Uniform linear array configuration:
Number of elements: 32
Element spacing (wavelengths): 0.75
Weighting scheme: kaiser
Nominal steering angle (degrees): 45
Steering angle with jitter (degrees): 45.715
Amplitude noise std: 0.05
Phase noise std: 0.05

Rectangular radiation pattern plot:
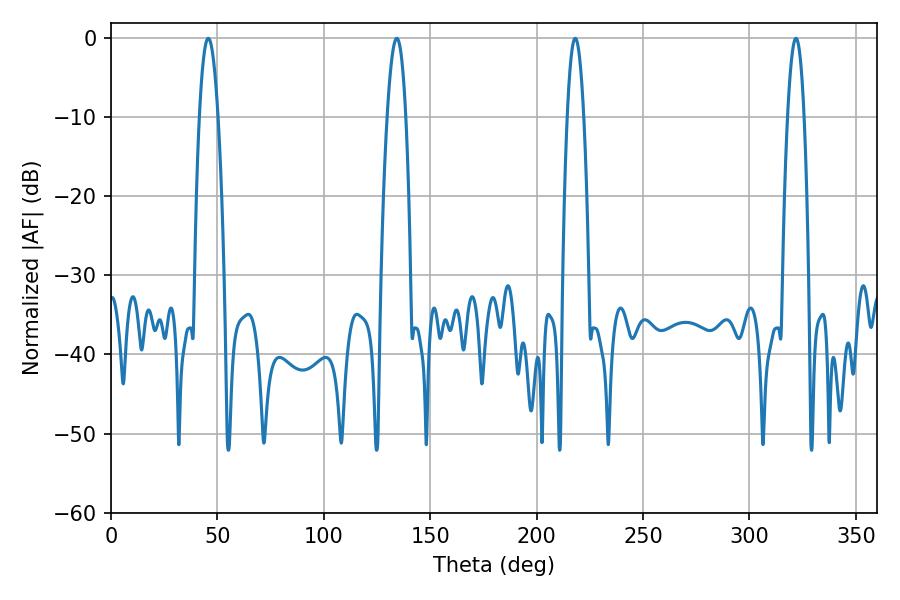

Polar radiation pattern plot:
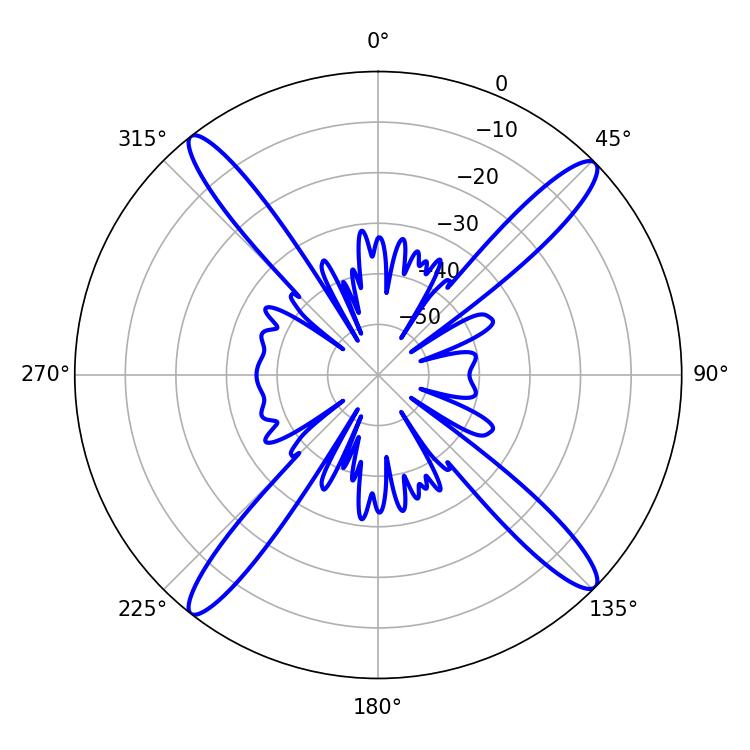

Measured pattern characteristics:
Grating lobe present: TRUE
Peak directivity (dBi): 18.151
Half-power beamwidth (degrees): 4.86
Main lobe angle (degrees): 134.28